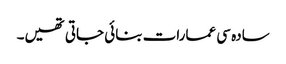
سادہ سی عمارات بنائی جاتی تھیں۔